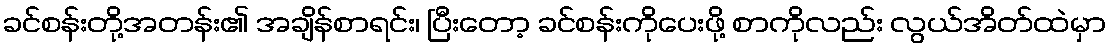
ခင်စန်းတို့အတန်း၏ အချိန်စာရင်း၊ ပြီးတော့ ခင်စန်းကိုပေးဖို့ စာကိုလည်း လွယ်အိတ်ထဲမှာ